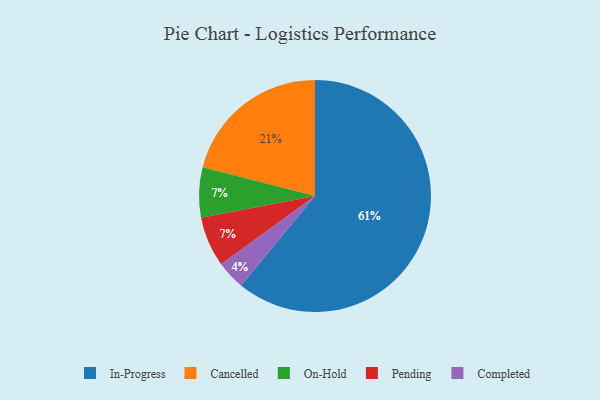
{"axis": {"x": "Category", "y": "Percentage"}, "legend": ["Cancelled", "Completed", "In-Progress", "On-Hold", "Pending"], "data": [{"x": "Completed", "y": 4, "type": "Completed"}, {"x": "Cancelled", "y": 21, "type": "Cancelled"}, {"x": "On-Hold", "y": 7, "type": "On-Hold"}, {"x": "In-Progress", "y": 61, "type": "In-Progress"}, {"x": "Pending", "y": 7, "type": "Pending"}]}